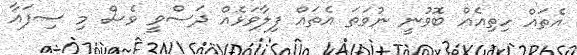
އެތައް ހިތިއެއް ބޮވުނީ ނުވަތަ އެތައް ފިލާވަޅެއް ދަސްވީ ވެސް މި ސިފައާ